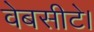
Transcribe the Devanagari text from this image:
वेबसीटे।